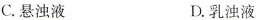
C.悬浊液 D.乳浊液